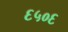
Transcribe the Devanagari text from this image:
६५०६